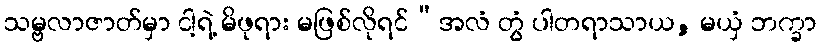
သမ္ဗလာဇာတ်မှာ ငါ့ရဲ့ မိဖုရား မဖြစ်လိုရင်“အလံ တွံ ပါတရာသာယ, မယှံ ဘက္ခာ